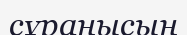
сұранысын